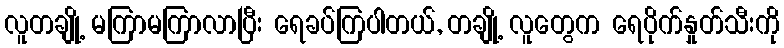
လူတချို့ မကြာမကြာလာပြီး ရေခပ်ကြပါတယ်, တချို့ လူတွေက ရေပိုက်နှုတ်သီးကို